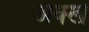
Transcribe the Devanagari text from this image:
अक्खे